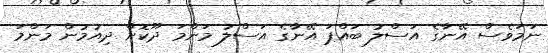
ނަމަވެސް އޭނާގެ އަސްލު ބައްޕަ އޭނާގެ އަސްލު މަންމަ ދޫކޮށް ދިއުމުން މަންމަ